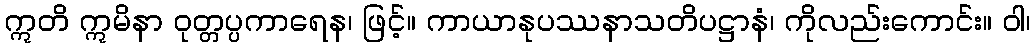
ဣတိ ဣမိနာ ဝုတ္တပ္ပကာရေန၊ ဖြင့်။ ကာယာနုပဿနာသတိပဋ္ဌာနံ၊ ကိုလည်းကောင်း။ ဝါ၊